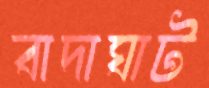
বাদাঘাট